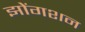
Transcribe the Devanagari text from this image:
झोंगशन